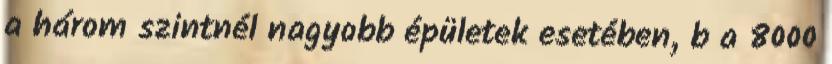
a három szintnél nagyobb épületek esetében, b a 8000